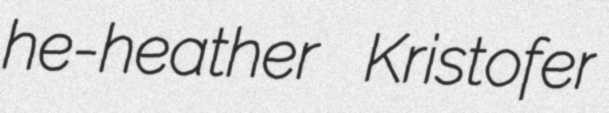
he-heather Kristofer